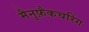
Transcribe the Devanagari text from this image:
मैनुफ़ैकचरिंग